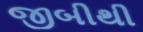
જીબીથી